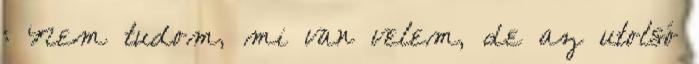
: Nem tudom, mi van velem, de az utolsó